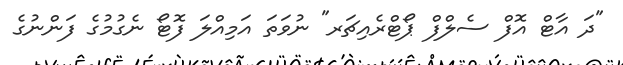
"ދަ އާޓް އޮފް ސެލްފް ޕޯޓްރެއިޗަރ" ނުވަތަ އަމިއްލަ ފޮޓޯ ނެގުމުގެ ފަންނުގެ